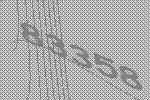
83358